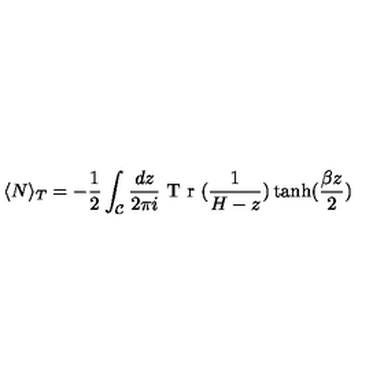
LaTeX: \langle N \rangle _ { T } = - \frac { 1 } { 2 } \int _ { \mathcal { C } } \frac { d z } { 2 \pi i } \textrm { T r } ( \frac { 1 } { H - z } ) \tanh ( \frac { \beta z } { 2 } )